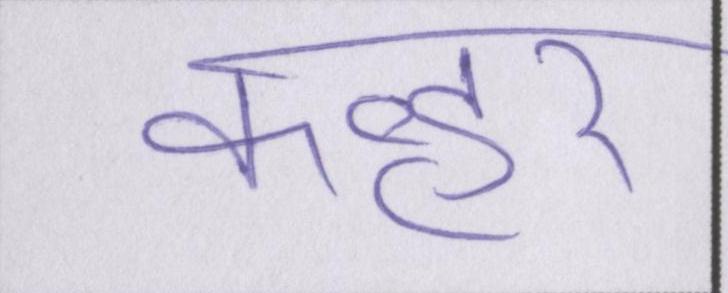
कव्हर